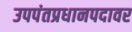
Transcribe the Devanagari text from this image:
उपपंतप्रधानपदावर